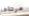
مرتاحا